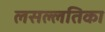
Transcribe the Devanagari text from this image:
लसल्लतिका